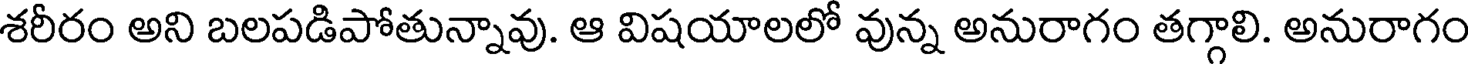
శరీరం అని బలపడిపోతున్నావు. ఆ విషయాలలో వున్న అనురాగం తగ్గాలి. అనురాగం